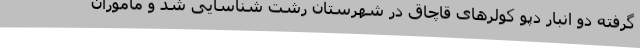
گرفته دو انبار دپو کولرهای قاچاق در شهرستان رشت شناسایی شد و ماموران